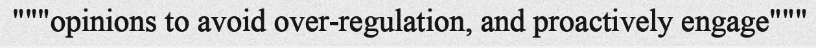
"""opinions to avoid over-regulation, and proactively engage"""